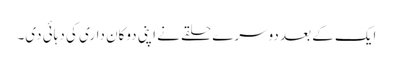
ایک کے بعد دوسرے حلقے نے اپنی دوکان داری کی دہائی دی۔